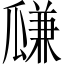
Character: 㼓